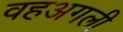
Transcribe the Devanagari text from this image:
वहअगली